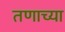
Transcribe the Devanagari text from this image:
तणाच्या